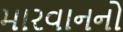
મારવાનનો